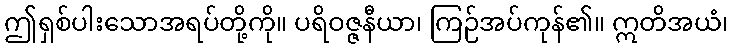
ဤရှစ်ပါးသောအရပ်တို့ကို။ ပရိဝဇ္ဇနီယာ၊ ကြဉ်အပ်ကုန်၏။ ဣတိအယံ၊